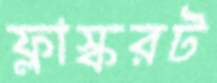
ফ্লাস্করট